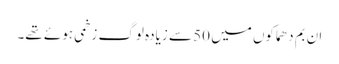
ان بم دھماکوں میں 50 سے زیادہ لوگ زخمی ہوئے تھے۔